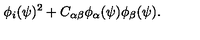
\phi _ { i } ( \psi ) ^ { 2 } + C _ { \alpha \beta } \phi _ { \alpha } ( \psi ) \phi _ { \beta } ( \psi ) .